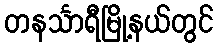
တနင်္သာရီမြို့နယ်တွင်